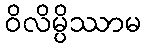
ဝိလိမ္ပိဿာမ